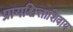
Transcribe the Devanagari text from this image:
प्रायश्चित्ताशिवाय